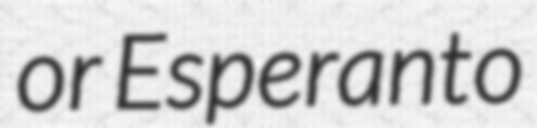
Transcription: or Esperanto